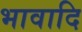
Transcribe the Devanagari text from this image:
भावादि